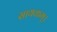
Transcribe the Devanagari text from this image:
सायकम्।